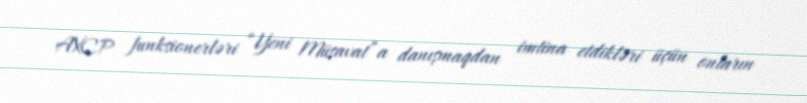
AXCP funksionerləri “Yeni Müsavat”a danışmaqdan imtina etdikləri üçün onların